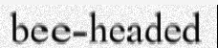
bee-headed